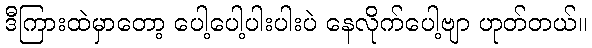
ဒီကြားထဲမှာတော့ ပေါ့ပေါ့ပါးပါးပဲ နေလိုက်ပေါ့ဗျာ ဟုတ်တယ်။